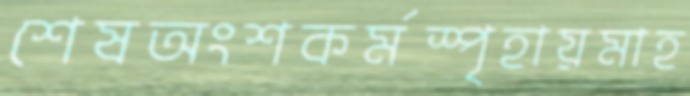
শেষঅংশকর্মস্পৃহায়মাহ